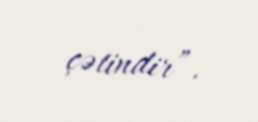
çətindir”.